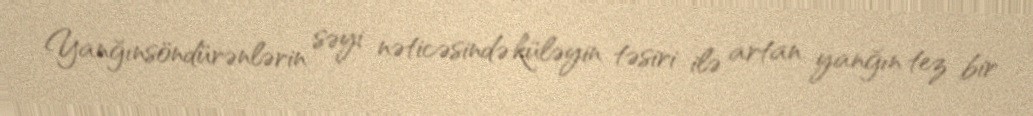
Yanğınsöndürənlərin səyi nəticəsində küləyin təsiri ilə artan yanğın tez bir